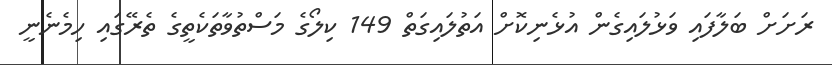
ރަށަށް ބަލާފައި ވަޅުލައިގެން އުޅެނިކޮށް އަތުލައިގަތް 149 ކިލޯގެ މަސްތުވާތަކެތީގެ ތެރޭގައި ހިމެނެނީ